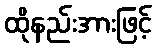
ထိုနည်းအားဖြင့်